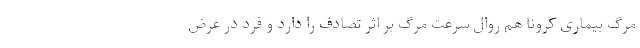
مرگ بیماری کرونا هم روال سرعت مرگ بر اثر تصادف را دارد و فرد در عرض